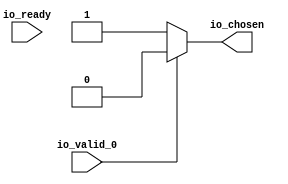
module RREncode_38(
    input  io_valid_0,
    output io_chosen,
    input  io_ready);
  wire choose;
  assign io_chosen = choose;
  assign choose = io_valid_0 ? 1'h0 : 1'h1;
endmodule